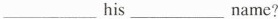
____his ____name?